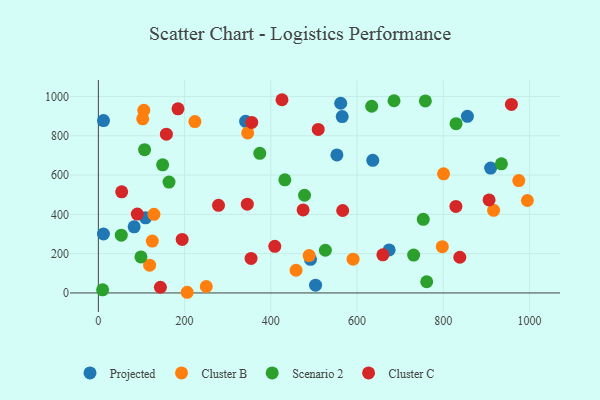
{"axis": {"x": "Ad Spend", "y": "Profit"}, "legend": ["Cluster B", "Cluster C", "Projected", "Scenario 2"], "data": [{"x": "636.5", "y": 674.8, "type": "Projected"}, {"x": "341.5", "y": 873.4, "type": "Projected"}, {"x": "11.8", "y": 300.1, "type": "Projected"}, {"x": "674.5", "y": 218.9, "type": "Projected"}, {"x": "492.0", "y": 171.1, "type": "Projected"}, {"x": "11.9", "y": 877.5, "type": "Projected"}, {"x": "856.0", "y": 899.0, "type": "Projected"}, {"x": "109.5", "y": 382.1, "type": "Projected"}, {"x": "503.8", "y": 39.6, "type": "Projected"}, {"x": "83.0", "y": 336.4, "type": "Projected"}, {"x": "553.3", "y": 702.3, "type": "Projected"}, {"x": "562.1", "y": 965.4, "type": "Projected"}, {"x": "909.9", "y": 635.7, "type": "Projected"}, {"x": "565.6", "y": 897.6, "type": "Projected"}, {"x": "916.8", "y": 420.5, "type": "Cluster B"}, {"x": "797.8", "y": 235.4, "type": "Cluster B"}, {"x": "458.6", "y": 115.5, "type": "Cluster B"}, {"x": "488.9", "y": 190.3, "type": "Cluster B"}, {"x": "118.9", "y": 141.3, "type": "Cluster B"}, {"x": "250.3", "y": 32.8, "type": "Cluster B"}, {"x": "223.9", "y": 872.2, "type": "Cluster B"}, {"x": "346.4", "y": 814.3, "type": "Cluster B"}, {"x": "206.1", "y": 3.4, "type": "Cluster B"}, {"x": "128.9", "y": 399.9, "type": "Cluster B"}, {"x": "800.7", "y": 606.4, "type": "Cluster B"}, {"x": "995.1", "y": 470.5, "type": "Cluster B"}, {"x": "975.2", "y": 572.0, "type": "Cluster B"}, {"x": "590.8", "y": 171.9, "type": "Cluster B"}, {"x": "125.1", "y": 264.2, "type": "Cluster B"}, {"x": "105.4", "y": 929.8, "type": "Cluster B"}, {"x": "102.9", "y": 886.1, "type": "Cluster B"}, {"x": "685.8", "y": 978.2, "type": "Scenario 2"}, {"x": "107.2", "y": 729.4, "type": "Scenario 2"}, {"x": "432.6", "y": 575.6, "type": "Scenario 2"}, {"x": "934.9", "y": 657.4, "type": "Scenario 2"}, {"x": "374.4", "y": 710.7, "type": "Scenario 2"}, {"x": "731.3", "y": 192.6, "type": "Scenario 2"}, {"x": "526.5", "y": 217.2, "type": "Scenario 2"}, {"x": "634.0", "y": 950.3, "type": "Scenario 2"}, {"x": "53.2", "y": 293.8, "type": "Scenario 2"}, {"x": "753.6", "y": 374.9, "type": "Scenario 2"}, {"x": "149.1", "y": 652.2, "type": "Scenario 2"}, {"x": "758.5", "y": 977.4, "type": "Scenario 2"}, {"x": "9.9", "y": 16.0, "type": "Scenario 2"}, {"x": "829.7", "y": 861.6, "type": "Scenario 2"}, {"x": "163.9", "y": 564.4, "type": "Scenario 2"}, {"x": "98.8", "y": 183.1, "type": "Scenario 2"}, {"x": "478.2", "y": 497.2, "type": "Scenario 2"}, {"x": "761.6", "y": 56.9, "type": "Scenario 2"}, {"x": "54.1", "y": 514.4, "type": "Cluster C"}, {"x": "90.3", "y": 401.4, "type": "Cluster C"}, {"x": "474.9", "y": 422.6, "type": "Cluster C"}, {"x": "838.4", "y": 181.7, "type": "Cluster C"}, {"x": "278.7", "y": 445.7, "type": "Cluster C"}, {"x": "194.4", "y": 272.3, "type": "Cluster C"}, {"x": "355.8", "y": 867.7, "type": "Cluster C"}, {"x": "659.9", "y": 194.2, "type": "Cluster C"}, {"x": "143.9", "y": 29.1, "type": "Cluster C"}, {"x": "566.7", "y": 419.7, "type": "Cluster C"}, {"x": "345.5", "y": 451.9, "type": "Cluster C"}, {"x": "184.7", "y": 937.0, "type": "Cluster C"}, {"x": "906.2", "y": 473.6, "type": "Cluster C"}, {"x": "409.2", "y": 237.2, "type": "Cluster C"}, {"x": "354.2", "y": 175.8, "type": "Cluster C"}, {"x": "829.3", "y": 440.4, "type": "Cluster C"}, {"x": "157.8", "y": 808.2, "type": "Cluster C"}, {"x": "425.9", "y": 983.4, "type": "Cluster C"}, {"x": "958.1", "y": 959.3, "type": "Cluster C"}, {"x": "510.0", "y": 832.4, "type": "Cluster C"}]}